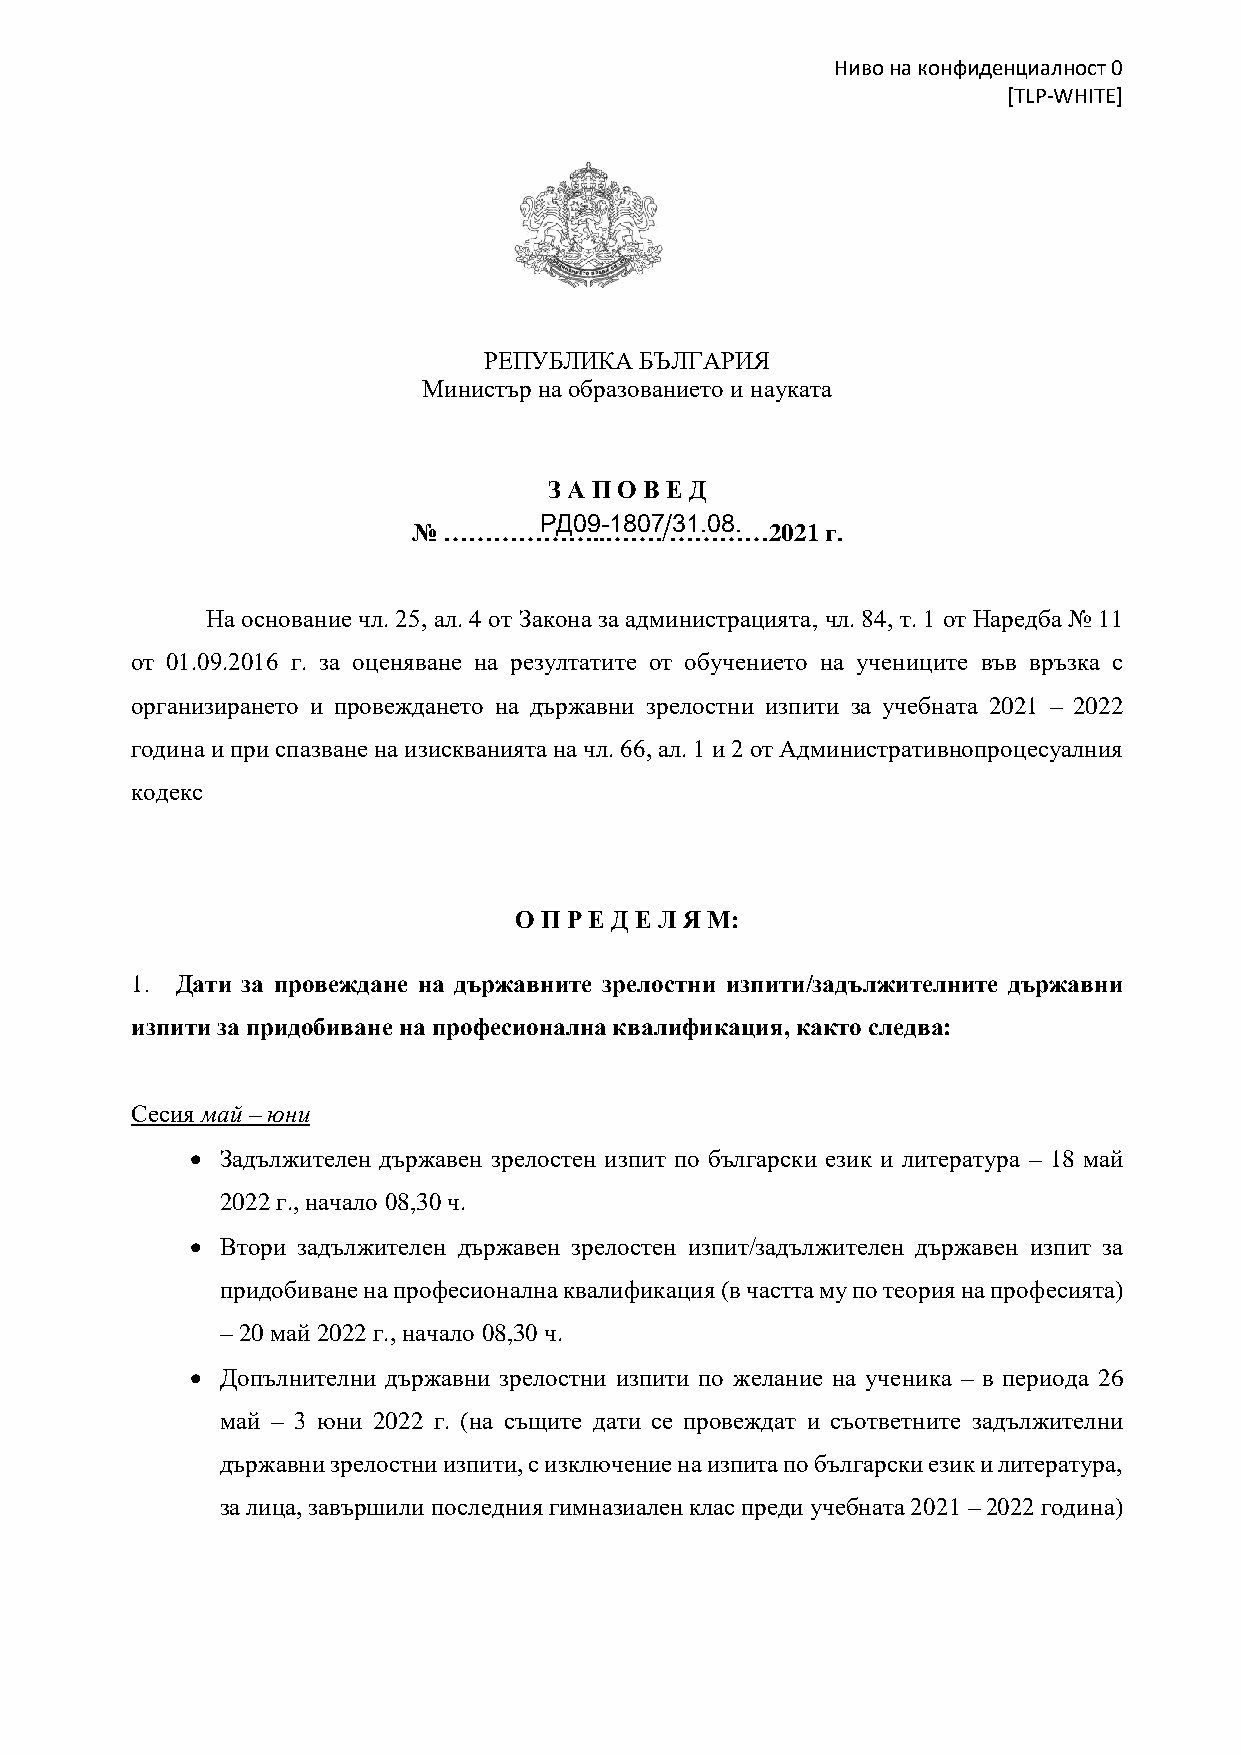
Ниво на конфиденциалност 0
 [TLP-WHITE]
 РЕПУБЛИКА БЪЛГАРИЯ
 Министър на образованието и науката
 З А П О В Е Д
 РД09-1807/31.08.
 № ………………..……./…………2021      г.
 На основание чл. 25, ал. 4 от Закона за администрацията, чл. 84, т. 1 от Наредба № 11
 от 01.09.2016 г. за оценяване на резултатите от обучението на учениците във връзка с
 организирането и провеждането на държавни зрелостни изпити за учебната 2021 – 2022
 година и при спазване на изискванията на чл. 66, ал. 1 и 2 от Административнопроцесуалния
 кодекс
 О П Р Е Д Е Л Я М:
 1. Дати за провеждане на държавните зрелостни изпити/задължителните държавни
 изпити за придобиване на професионална квалификация, както следва:
 Сесия май – юни
 • Задължителен държавен зрелостен изпит по български език и литература – 18 май
 2022 г., начало 08,30 ч.
 • Втори задължителен държавен зрелостен изпит/задължителен държавен изпит за
 придобиване на професионална квалификация (в частта му по теория на професията)
 – 20 май 2022 г., начало 08,30 ч.
 • Допълнителни държавни зрелостни изпити по желание на ученика – в периода 26
 май – 3 юни 2022 г. (на същите дати се провеждат и съответните задължителни
 държавни зрелостни изпити, с изключение на изпита по български език и литература,
 за лица, завършили последния гимназиален клас преди учебната 2021 – 2022 година)